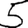
Digit: 5